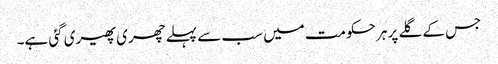
جس کے گلے پر ہر حکومت میں سب سے پہلے چھری پھیری گئی ہے۔